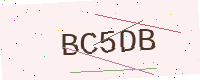
Text: BC5DB